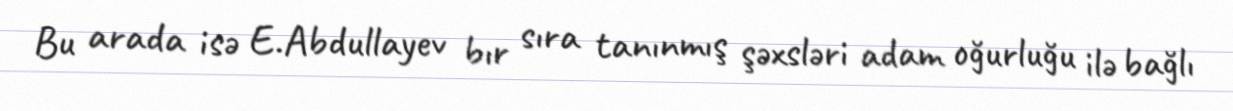
Bu arada isə E.Abdullayev bır sıra tanınmış şəxsləri adam oğurluğu ilə bağlı